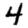
Digit: 4